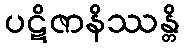
ပဋိဇာနိဿန္တိ